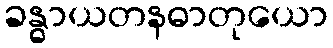
ခန္ဓာယတနဓာတုယော